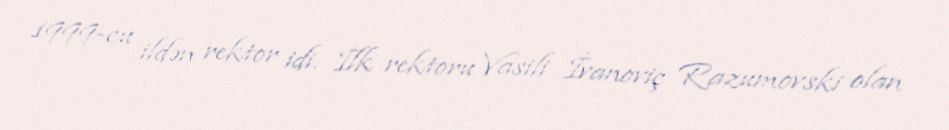
1999-cu ildən rektor idi. İlk rektoru Vasili İvanoviç Razumovski olan